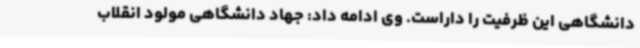
دانشگاهی این ظرفیت را داراست. وی ادامه داد: جهاد دانشگاهی مولود انقلاب